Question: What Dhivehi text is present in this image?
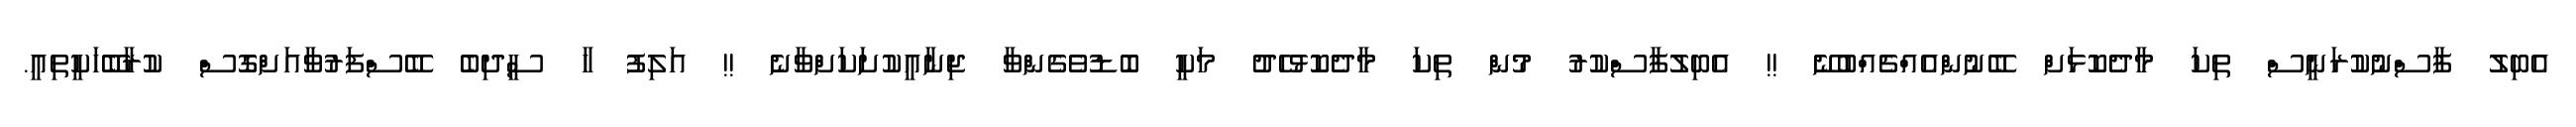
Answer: އެބިލު ފާސްނުކުރަނީސް ތިކަ މާދެކޮޅަށް ބޭނުންއެއްޗެއްބުނޭ !! އެބިލުފާސްކުރު މުން ތިކަ މާދެކޮޅުހެދު މަކީ ބޮޑުވެގެންވާ ޖިނާއީކުށަކަށްވާނެ !! އަލިފު ހާ ސީދިބެ ބޭސްފަރުވާއަށްގޮސް ކުރާބޭހަކީތިއީ.